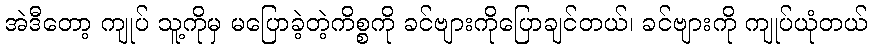
အဲဒီတော့ ကျုပ် သူ့ကိုမှ မပြောခဲ့တဲ့ကိစ္စကို ခင်ဗျားကိုပြောချင်တယ်၊ ခင်ဗျားကို ကျုပ်ယုံတယ်